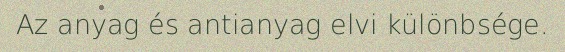
Az anyag és antianyag elvi különbsége.